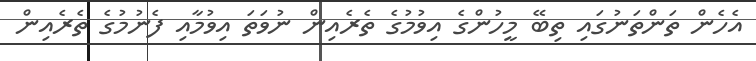
އެހެން ތަންތަނުގައި ތިބޭ މީހުންގެ އިވުމުގެ ތެރެއިން ނުވަތަ އިވުމާއި ފެނުމުގެ ތެރެއިން